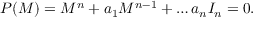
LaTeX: P ( M ) = M ^ { n } + a _ { 1 } M ^ { n - 1 } + \dots a _ { n } { \cal I } _ { n } = 0 .